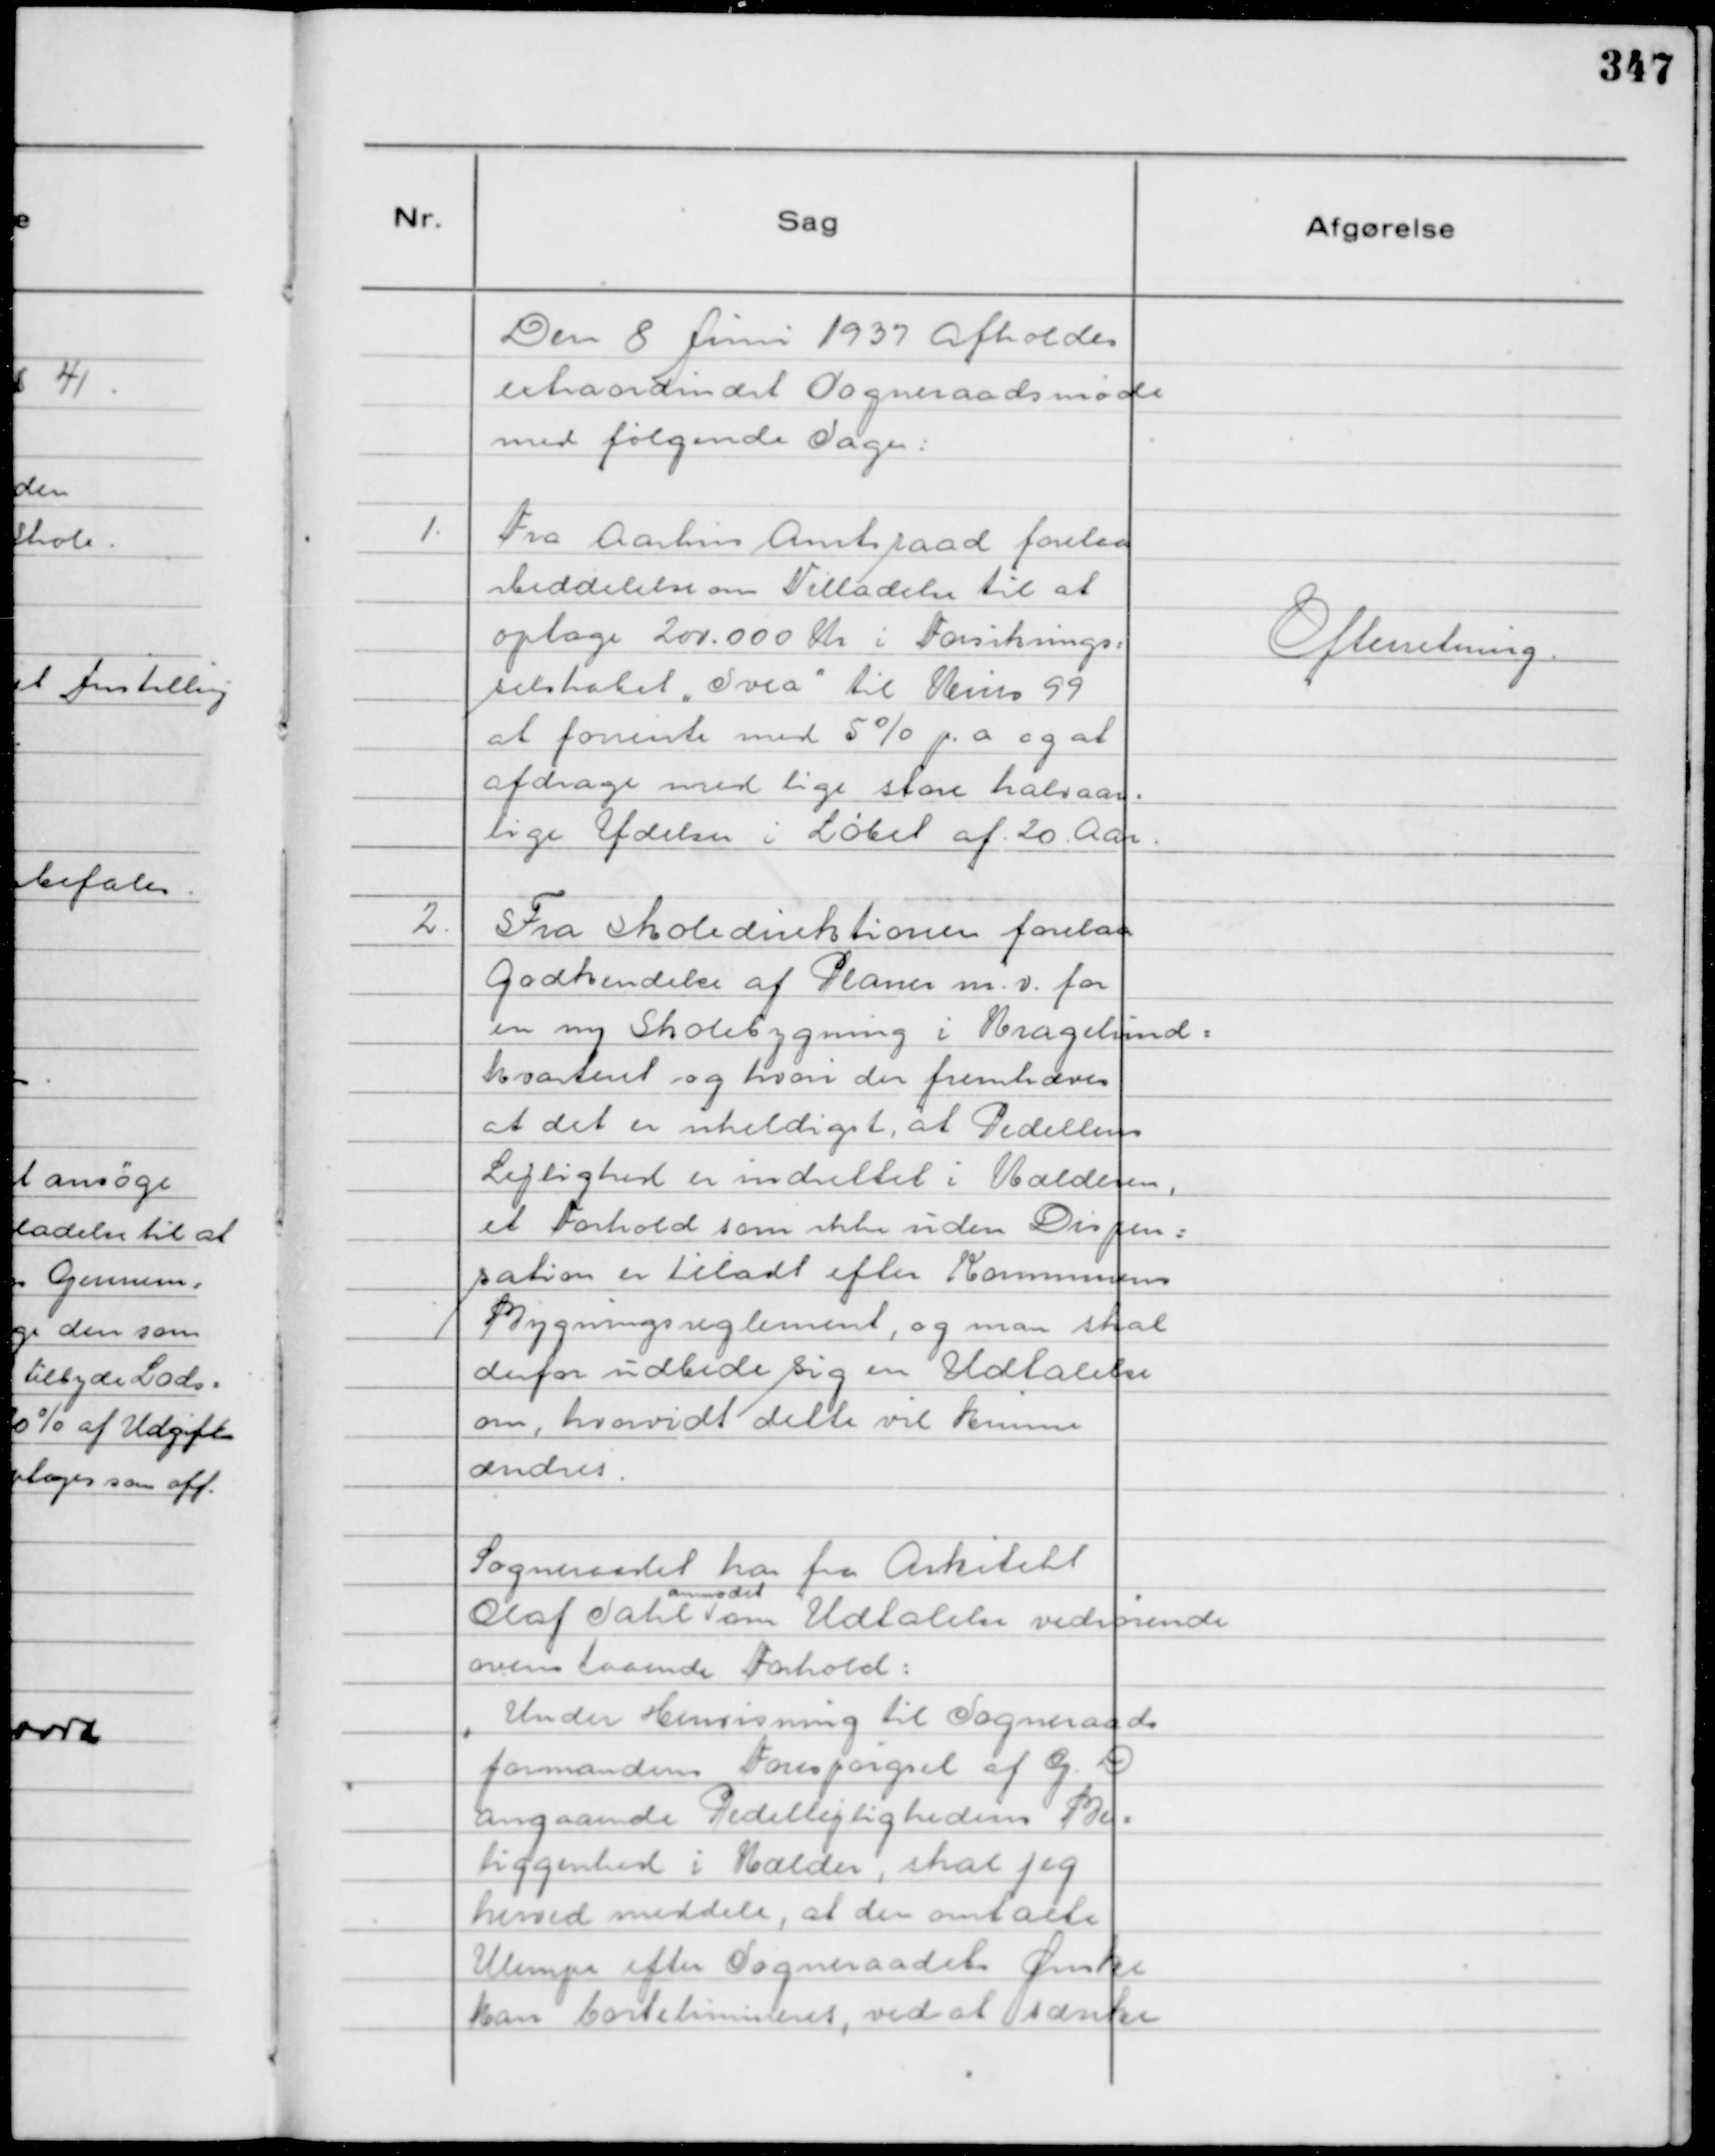
Transskription:
Den 8 Juni 1937 afholdes
extraordinært Sogneraadsmøde
med følgende Sager:

1.
Fra Aarhus Amtsraad forelaa
Meddelelse om Tilladelse til at
optage 200.000 Kr i Forsikrings=
selskabet "Svea"

til Kurs 99
at forrente med 5% p. a og at
afdrage med lige store halvaar=
lige Ydelser i Løbet af 20 Aar.

Efterretning.

2.
Fra Skoledirektionen forelaa
Godkendelse af Planer m. v. for
en ny Skolebygning i Kragelunds=
kvarteret og hvori der fremhæves
at det er uheldigt, at Pedellens
Lejlighed er indrettet i Kælderen,
et Forhold som ikke uden Dispen=
sation er tilladt efter Kommunens
Bygningsreglement, og man skal
derfor udbede sig en Udtalelse
om, hvorvidt dette vil kunne
ændres.

Sogneraadet har fra Arkitekt
Olaf Sahl
anmodet
om Udtalelse vedrørende
ovenstaaende Forhold:
" Under Henvisning til Sogneraads
formandens Forespørgsel af G. D
angaaende Pedellejlighedens Be=
liggenhed i Kælder, skal jeg
herved meddele, at den omtalte
Ulempe efter Sogneraadets Ønske
kan bortelimineres, ved at sænke